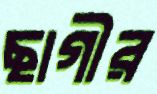
ছাগীর